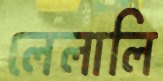
লেলালি